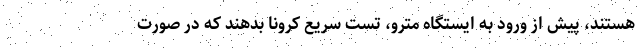
هستند، پیش از ورود به ایستگاه مترو، تست سریع کرونا بدهند که در صورت